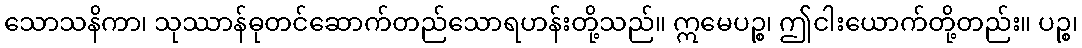
သောသနိကာ၊ သုဿာန်ဓုတင်ဆောက်တည်သောရဟန်းတို့သည်။ ဣမေပဉ္စ၊ ဤငါးယောက်တို့တည်း။ ပဉ္စ၊